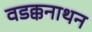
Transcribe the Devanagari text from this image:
वडक्कनाथन